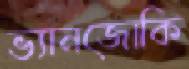
ভ্যানজোকি